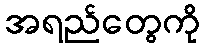
အရည်တွေကို